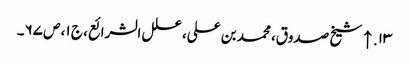
۱۳. ↑ شیخ صدوق، محمد بن علی، علل الشرائع، ج ۱، ص ۶۷۔